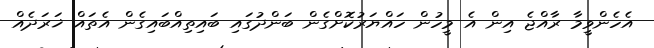
އެހެންވީމާ ރާއްޖެ އިން އެ މީހުން ހައްޔަރުކޮށްގެން ބަންދުގައި ބައިތިއްބައިގެން އެތައް ޚަރަދެއް